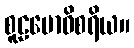
စူဠဗောဓိစရိယ။